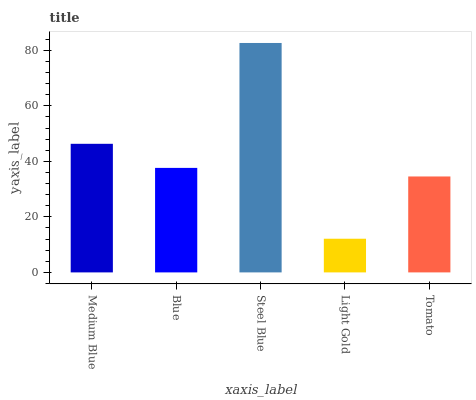
| xaxis_label | bars |
 | --- | --- |
 | Medium Blue | 46.3 |
 | Blue | 37.7 |
 | Steel Blue | 82.7 |
 | Light Gold | 12.1 |
 | Tomato | 34.6 |